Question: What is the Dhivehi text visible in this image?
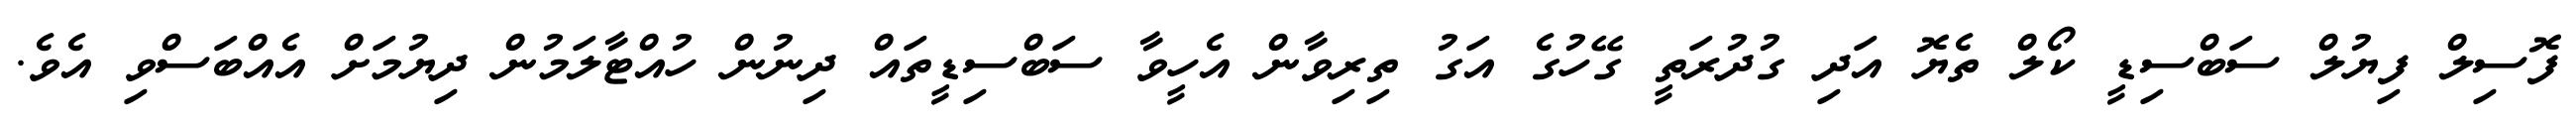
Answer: ފޮސިލް ފިޔުލް ސަބްސިޑީ ކޯލް ތެޔޮ އަދި ގުދުރަތީ ގޭހުގެ އަގު ތިރިވާން އެހީވާ ސަބްސިޑީތައް ދިނުން ހުއްޓާލަމުން ދިޔުމަށް އެއްބަސްވި އެވެ.